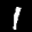
Label: 1